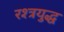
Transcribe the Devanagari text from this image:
रश्त्रयुद्ध